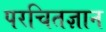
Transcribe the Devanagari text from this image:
परचितज्ञान